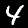
Label: 4